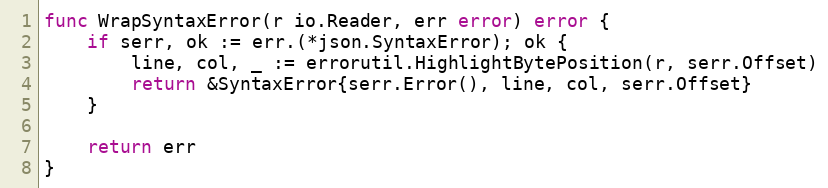
Language: Go
func WrapSyntaxError(r io.Reader, err error) error {
	if serr, ok := err.(*json.SyntaxError); ok {
		line, col, _ := errorutil.HighlightBytePosition(r, serr.Offset)
		return &SyntaxError{serr.Error(), line, col, serr.Offset}
	}

	return err
}